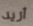
أريد